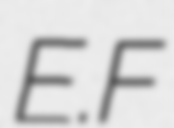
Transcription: E.F